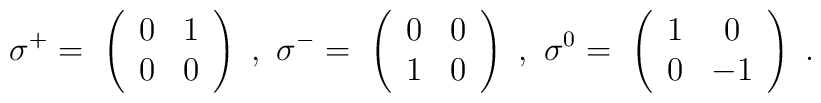
\sigma^+ =\ \left( \begin{array}{cc}0 & 1 \\0 & 0\end{array}  \right)\ ,\ \sigma^-=\ \left( \begin{array}{cc}0 & 0 \\1 & 0\end{array}  \right)\ ,\ \sigma^0 =\ \left( \begin{array}{cc}1 & 0 \\0 & -1\end{array}  \right) \ .